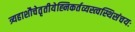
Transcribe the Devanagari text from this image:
त्र्यहाशौचेतृतीयेह्निकर्तव्यस्त्वस्थिसंचयः